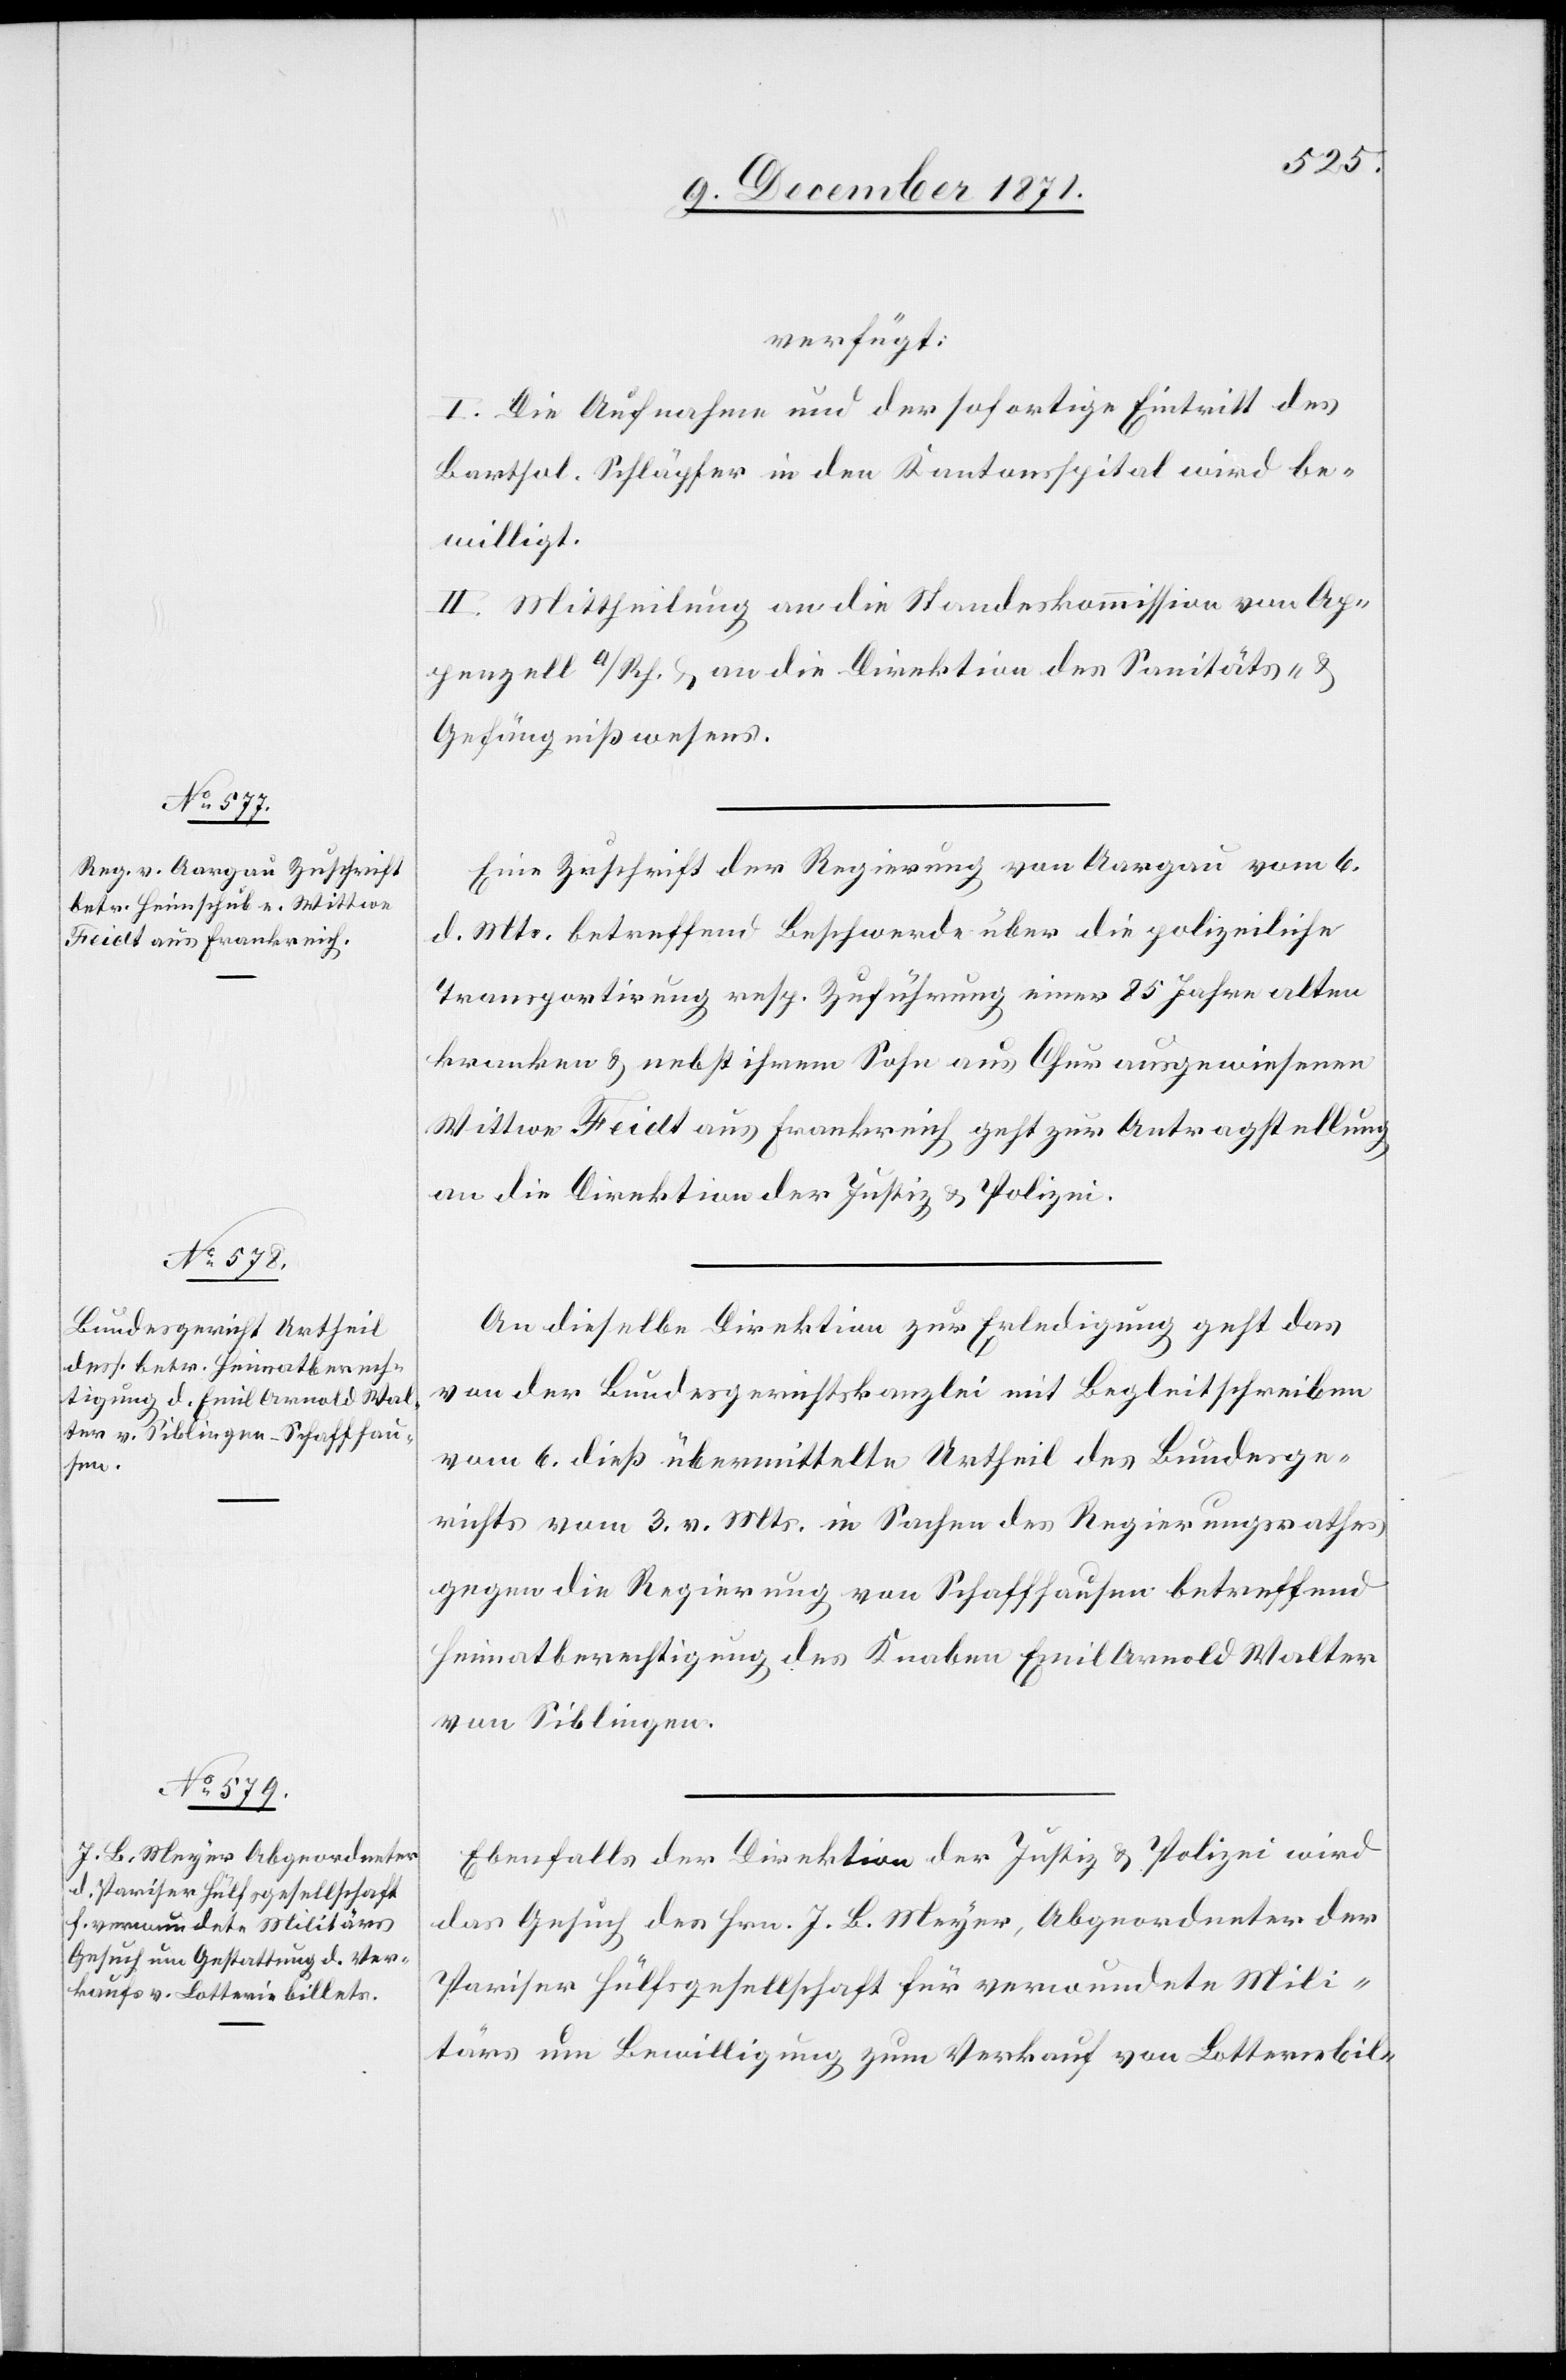
9. December 1871.]
verfügt:
I. Die Aufnahme und der sofortige Eintritt des
Barthol. Schläpfer in den Kantonsspital wird be¬
willigt.
II. Mittheilung an die Standeskommission von Ap¬
penzell a/Rh. & an die Direktion des Sanitäts- &
Gefängnißwesens.
Eine Zuschrift der Regierung von Aargau vom 6.
d. Mts. betreffend Beschwerde über die polizeiliche
Transportirung resp. Zuführung einer 85 Jahre alten
kranken & nebst ihrem Sohn aus Chur ausgewiesenen
Wittwe Feidt aus Frankreich geht zur Antragstellung
an die Direktion der Justiz & Polizei.
An dieselbe Direktion zur Erledigung geht das
von der Bundesgerichtskanzlei mit Begleitschreiben
vom 6. dieß übermittelte Urtheil des Bundesge¬
richts vom 3. v. Mts. in Sachen des Regierungsrathes
gegen die Regierung von Schaffhausen betreffend
Heimatberechtigung des Knaben Emil Arnold Walter
von Siblingen.
Ebenfalls der Direktion der Justiz & Polizei wird
das Gesuch des Hrn. J. B. Meyer, Abgeordneter der
Pariser Hülfsgesellschaft für verwundete Mili¬
tärs um Bewilligung zum Verkauf von Lotteriebil-